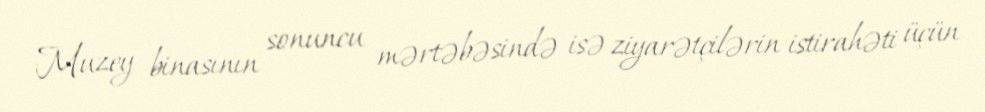
Muzey binasının sonuncu mərtəbəsində isə ziyarətçilərin istirahəti üçün